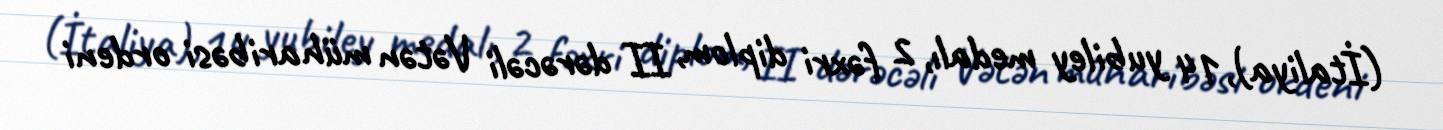
(İtaliya),14 yubiley medalı, 2 fəxri diplom, II dərəcəli Vətən müharibəsi ordeni